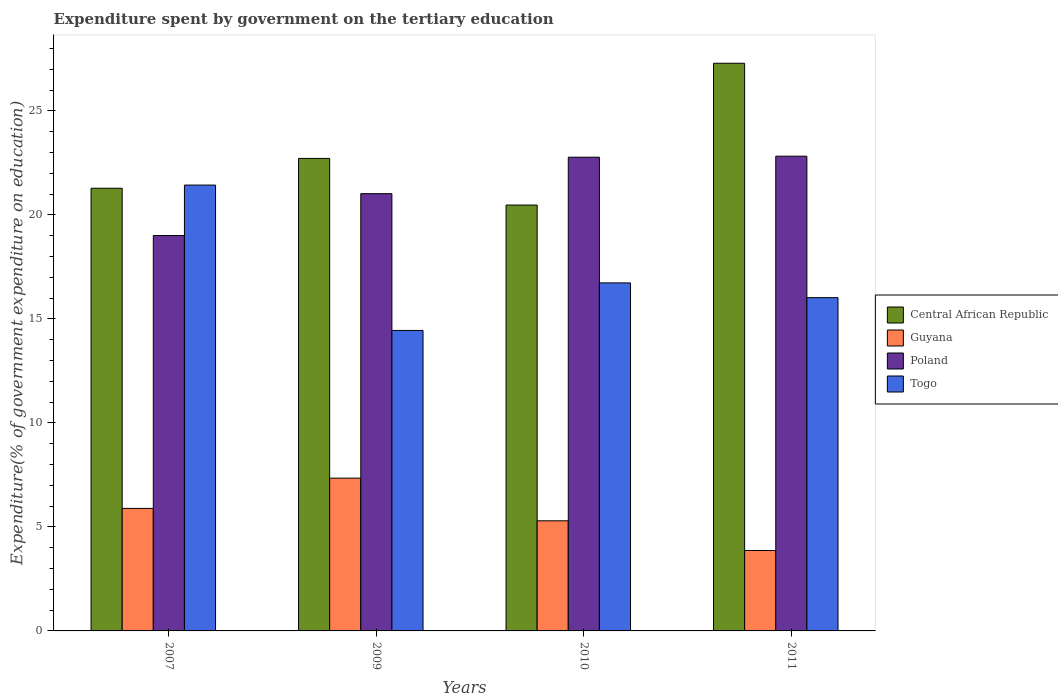
| Years | Central African Republic | Guyana | Poland | Togo |
 | --- | --- | --- | --- | --- |
 | 2007 | 21.3 | 5.89 | 19 | 21.4 |
 | 2009 | 22.7 | 7.34 | 21 | 14.4 |
 | 2010 | 20.5 | 5.29 | 22.8 | 16.7 |
 | 2011 | 27.3 | 3.87 | 22.8 | 16 |